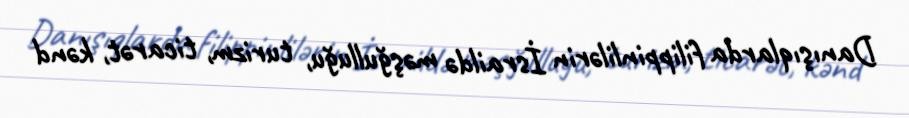
Danışıqlarda filippinlilərin İsraildə məşğulluğu, turizm, ticarət, kənd